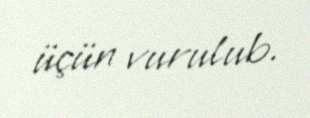
üçün vurulub.